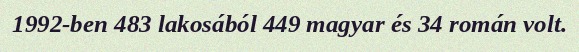
1992-ben 483 lakosából 449 magyar és 34 román volt.